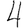
Digit: 4